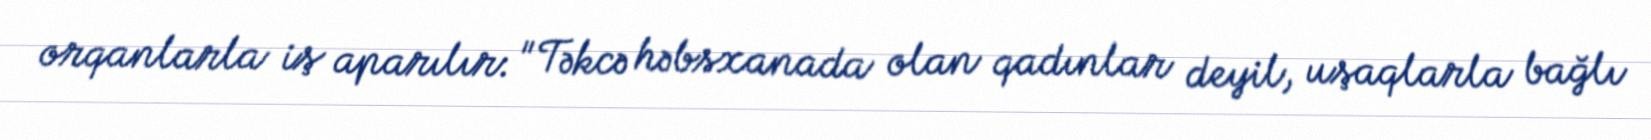
orqanlarla iş aparılır: "Təkcə həbsxanada olan qadınlar deyil, uşaqlarla bağlı